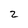
Character: 2